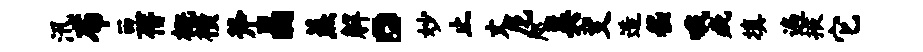
汛布亘僭概横斧晶蒸解。妙止丈尼咫美变造嵇哦疵填遍掖它